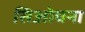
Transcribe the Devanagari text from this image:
सिओचना